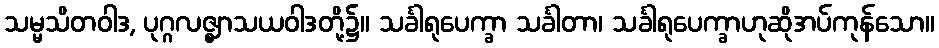
သမ္မသိတဝါဒ, ပုဂ္ဂလဇ္ဈာသယဝါဒတို့၌။ သင်္ခါရုပေက္ခာ သင်္ခါတာ၊ သင်္ခါရုပေက္ခာဟုဆိုအပ်ကုန်သော။